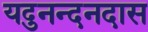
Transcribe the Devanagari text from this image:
यदुनन्दनदास